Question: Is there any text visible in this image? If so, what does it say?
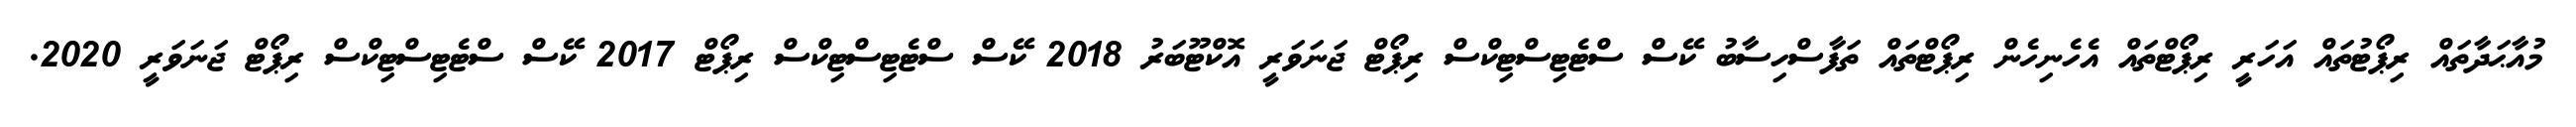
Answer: މުއާޙަދާތައް ރިޕޯޓުތައް އަހަރީ ރިޕޯޓްތައް އެހެނިހެން ރިޕޯޓްތައް ތަފާސްހިސާބު ކޭސް ސްޓެޓިސްޓިކްސް ރިޕޯޓް ޖަނަވަރީ އޮކްޓޫބަރު 2018 ކޭސް ސްޓެޓިސްޓިކްސް ރިޕޯޓް 2017 ކޭސް ސްޓެޓިސްޓިކްސް ރިޕޯޓް ޖަނަވަރީ 2020.